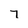
Character: 7